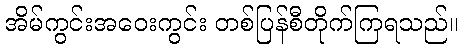
အိမ်ကွင်းအဝေးကွင်း တစ်ပြန်စီတိုက်ကြရသည်။